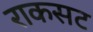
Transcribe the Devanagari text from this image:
राकसट